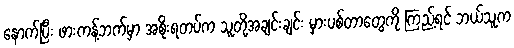
နောက်ပြီး ဖားကန့်ဘက်မှာ အစိုးရတပ်က သူတို့အချင်းချင်း မှားပစ်တာတွေကို ကြည့်ရင် ဘယ်သူက